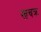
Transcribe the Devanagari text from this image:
खचक्र